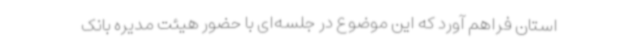
استان فراهم آورد که این موضوع در جلسه‌ای با حضور هیئت مدیره بانک